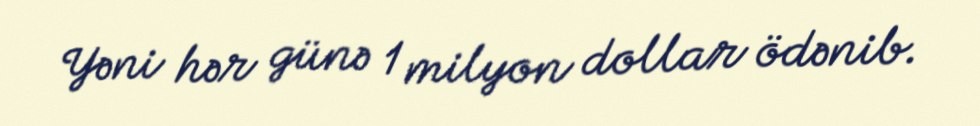
Yəni hər günə 1 milyon dollar ödənib.